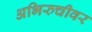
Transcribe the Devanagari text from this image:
अभिरुचीवर